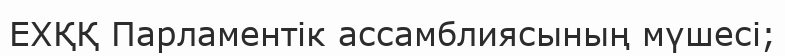
ЕХҚҚ Парламентік ассамблиясының мүшесі;